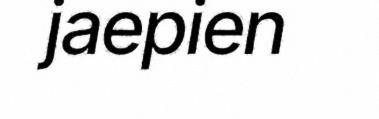
jaepien